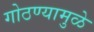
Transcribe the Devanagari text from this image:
गोठण्यामुळे